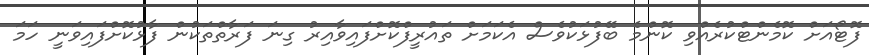
ފޮޓޯއަށް ކޮމެންޓްކުރެއްވި ކޮންމެ ބޭފުޅަކުވެސް އެކަމަށް ތައުރީފްކޮށްފައިވާއިރު ގިނަ ފަރާތްތަކުން ފާޅުކޮށްފައިވަނީ ހަމަ